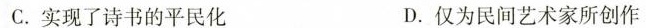
C.实现了诗书的平民化 D.仅为民间艺术家所创作